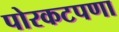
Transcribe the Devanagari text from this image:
पोरकटपणा